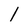
Character: 1